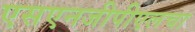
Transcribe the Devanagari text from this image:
एसएनजीपीएलचा